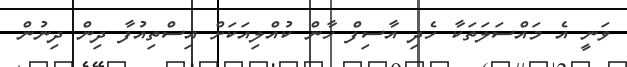
ވަނީ އެ މައްސަލަތަކާ ހެދި އާސިފް ހާން ކުއްލިއަކަށް އިސްތިއުފާ ދިން ދިނުން